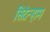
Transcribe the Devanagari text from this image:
सिदेन्हाम